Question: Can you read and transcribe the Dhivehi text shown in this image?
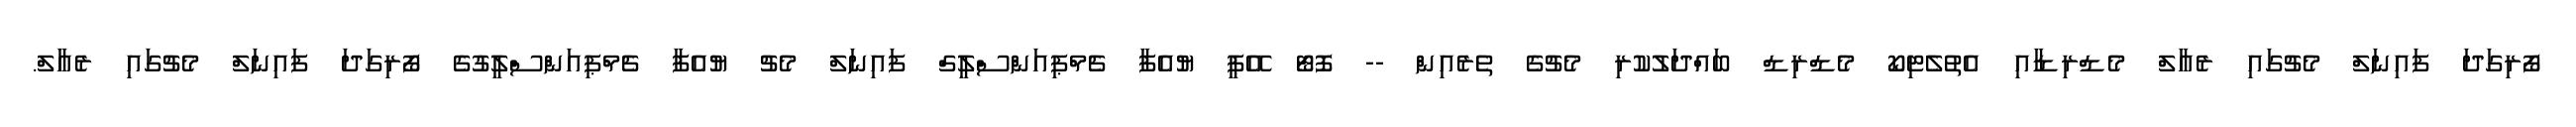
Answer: ފޯރިގަދަ ފައިނަލް މެޗުގައި ރެއާލް މެޑްރިޑާއި އެތުލެޓިކޯ މެޑްރިޑް ބައްދަލުކުރި މެޗުގެ ތެރެއިން -- ފޮޓޯ އޭޕީ ޔުއެފާ ޗެމްޕިއަންސްލީގް ފައިނަލް މެޗު ޔުއެފާ ޗެމްޕިއަންސްލީގުގެ ފޯރިގަދަ ފައިނަލް މެޗުގައި ރެއާލް.